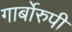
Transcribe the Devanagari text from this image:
गार्बोरुपी